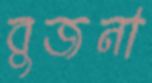
বুজনা